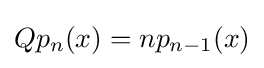
Qp_{n}(x)=np_{n-1}(x)